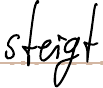
steigt